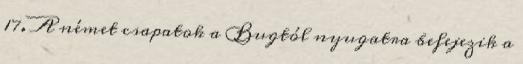
17. A német csapatok a Bugtól nyugatra befejezik a